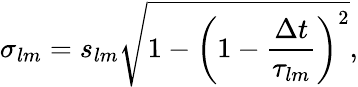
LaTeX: \sigma_{lm}=s_{lm}\sqrt{1-\left(1-\frac{\Delta t}{\tau_{lm}}\right)^{2}},